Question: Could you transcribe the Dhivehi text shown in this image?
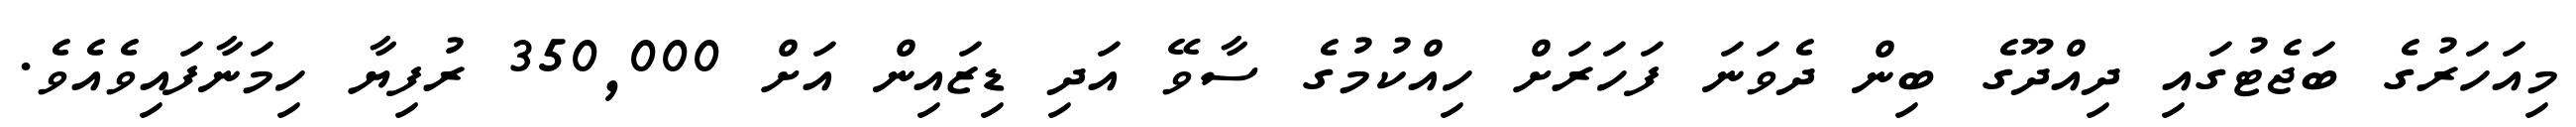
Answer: މިއަހަރުގެ ބަޖެޓުގައި ދިއްދޫގެ ބިން ދެވަނަ ފަހަރަށް ހިއްކުމުގެ ސާވޭ އަދި ޑިޒައިން އަށް 350,000 ރުފިޔާ ހިމަނާފައިވެއެވެ.